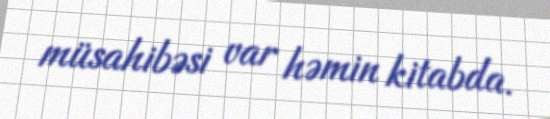
müsahibəsi var həmin kitabda.